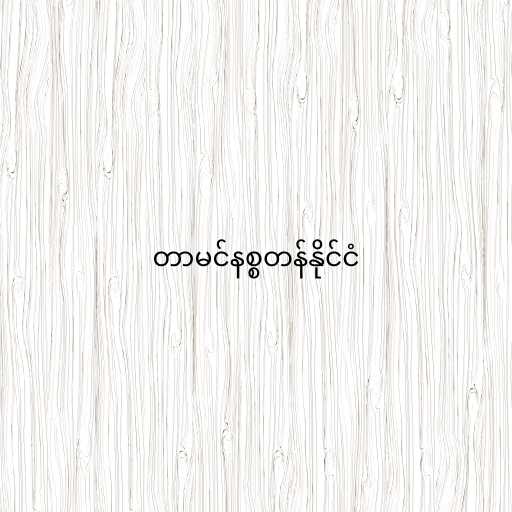
တာမင်နစ္စတန်နိုင်ငံ